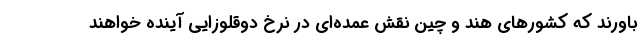
باورند که کشورهای هند و چین نقش عمده‌ای در نرخ دوقلوزایی آینده خواهند